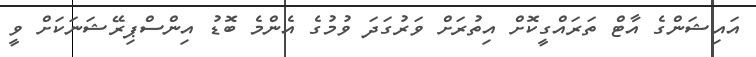
އައިޝަންގެ އާޓް ތަރައްގީކޮށް އިތުރަށް ވަރުގަދަ ވުމުގެ އެންމެ ބޮޑު އިންސްޕިރޭޝަނަކަށް ވީ